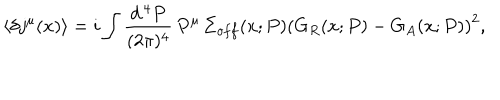
LaTeX: \langle \delta j ^ { \mu } ( x ) \rangle = i \int \frac { d ^ { \, 4 } P } { ( 2 \pi ) ^ { 4 } } \, P ^ { \mu } \, \Sigma _ { o f f } ( x ; P ) \left( G _ { R } ( x ; P ) - G _ { A } ( x ; P ) \right) ^ { 2 } ,